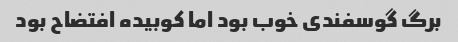
برگ گوسفندی خوب بود اما کوبیده افتضاح بود